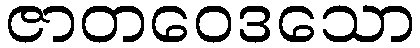
ဇာတဝေဒသော